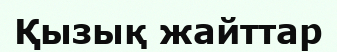
Қызық жайттар